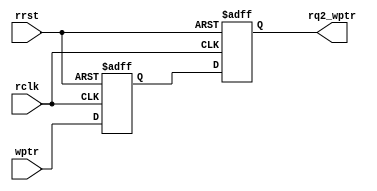
`timescale 1ns / 1ps
//////////////////////////////////////////////////////////////////////////////////
// Company: 
// Engineer: 
// 
// Design Name: 
// Module Name: sync_w2r
// Project Name: 
// Target Devices: 
// Tool Versions: 
// Description: 
// 
// Dependencies: 
// 
// Revision:
// Revision 0.01 - File Created
// Additional Comments:
// 
//////////////////////////////////////////////////////////////////////////////////


module sync_w2r #(parameter addr_width=4)
  (output reg [addr_width:0] rq2_wptr,
  input rclk, rrst,
input [addr_width:0] wptr);

reg[addr_width:0] rq1_wptr;
always @(posedge rclk or posedge rrst )
   if(rrst)
	{rq2_wptr,rq1_wptr} <=0;
	else
	{rq2_wptr,rq1_wptr}  <= {rq1_wptr,wptr};


endmodule